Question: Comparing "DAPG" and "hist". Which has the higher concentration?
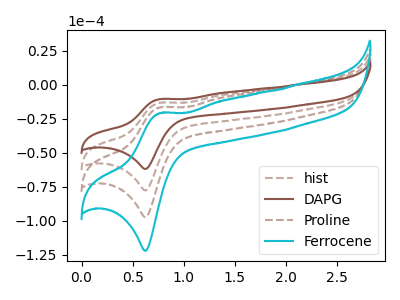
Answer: <think>The brown dashed curve "hist" has an anodic peak at (0.75V, -13.25uA) and a cathodic peak at (0.65V, -77.70uA). The brown curve "DAPG" has an anodic peak at (0.75V, -10.55uA) and a cathodic peak at (0.65V, -61.95uA). The brown dashed curve "Proline" has an anodic peak at (0.75V, -26.50uA) and a cathodic peak at (0.65V, -155.40uA). The cyan curve "Ferrocene" has an anodic peak at (0.75V, -39.70uA) and a cathodic peak at (0.65V, -233.10uA).
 All the peaks in "DAPG" have a peak in "hist" at the same potential.</think>
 <answer>I cant tell if "DAPG" or "hist" has higher concentration.</answer>
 <eval>mixed_concentration</eval>